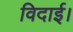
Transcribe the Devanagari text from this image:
विदाई।